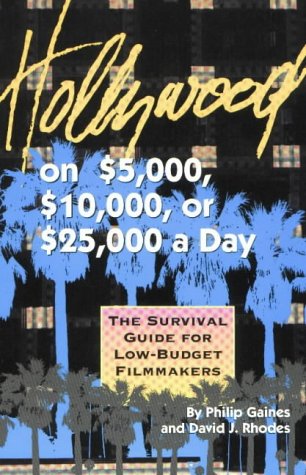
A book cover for Hollywood on $5,000, $10,000, or $25,000 a Day: A Survival Guide for Low-Budget Filmmakers; Philip Gaines; Humor & Entertainment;